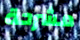
مشرحة